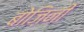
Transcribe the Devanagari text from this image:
बोज़िनी